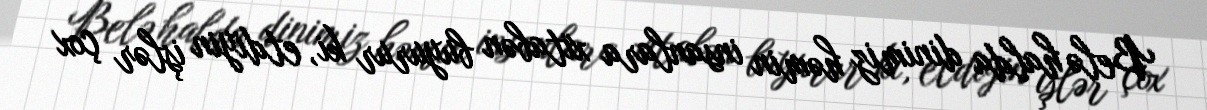
Belə halda dinimiz həmin insanlara xitabən buyurur ki, etdiyin işlər çox